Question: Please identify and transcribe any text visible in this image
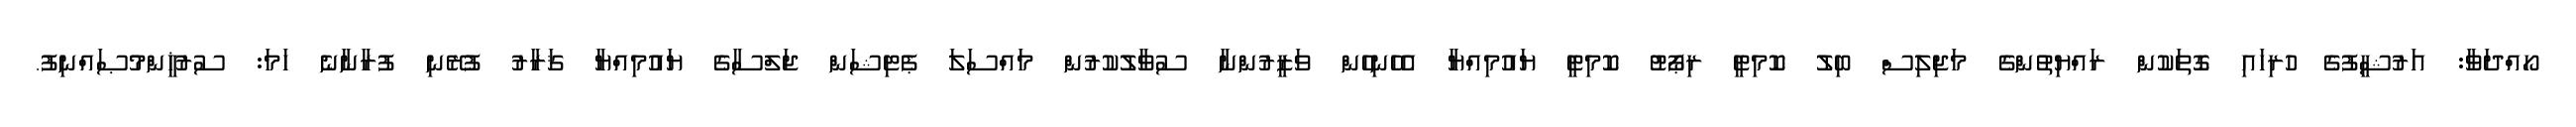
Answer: ހޯއްދަވާ: އަރުޝީފުގެ ހުރިހައި ގޮތަކުން ރައްޔިތުންގެ މަޖިލިސް ބިލު ކޮމިޓީ ރިޕޯޓު ކޮމިޓީ ޔައުމިއްޔާ އެހެނިހެން ވަޒީރުންނާ ސުވާލުކުރުން މައްސަލަ ޕެޓިޝަން ޖަލްސާގެ ޔައުމިއްޔާ ޤަރާރު ފުރޭނި ފުރާނާނެ ހަމަ: ސުރުޚީންމުޞައްނިފު.